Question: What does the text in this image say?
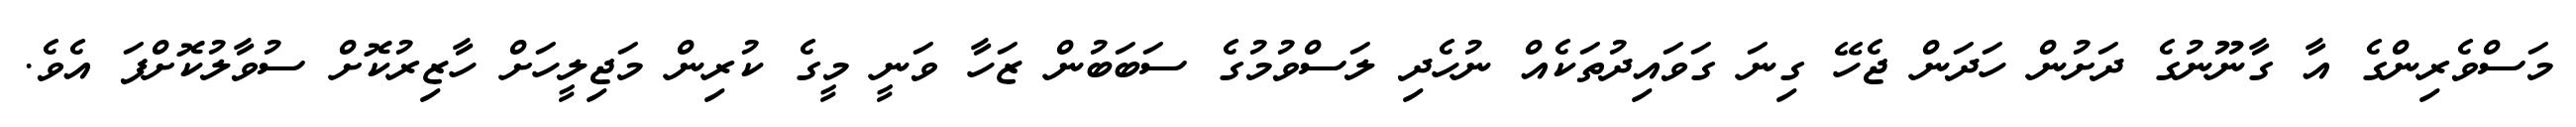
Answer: މަސްވެރިންގެ އާ ގާނޫނުގެ ދަށުން ހަދަން ޖެހޭ ގިނަ ގަވައިދުތަކެއް ނުހެދި ލަސްވުމުގެ ސަބަބުން ޒަހާ ވަނީ މީގެ ކުރިން މަޖިލީހަށް ހާޒިރުކޮށް ސުވާލުކޮށްފަ އެވެ.